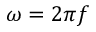
\omega = 2 \pi f